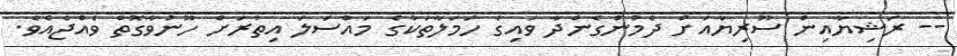
-- ރަޝިޔާއިން ސޫރިޔާއަށް ދެމުންގެންދާ ވައިގެ ހަމަލާތަކުގެ މައްސަލަ އިތުރަށް ހޫނުވާގޮތް ވެއްޖެއެވެ.